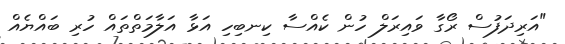
"އަރިދަފުސް ރޯގާ ވައިރަލް ހުން ކެއްސާ ކިނބިހި އަޅާ އަލާމަތްތައް ހުރި ބައްޔެއް